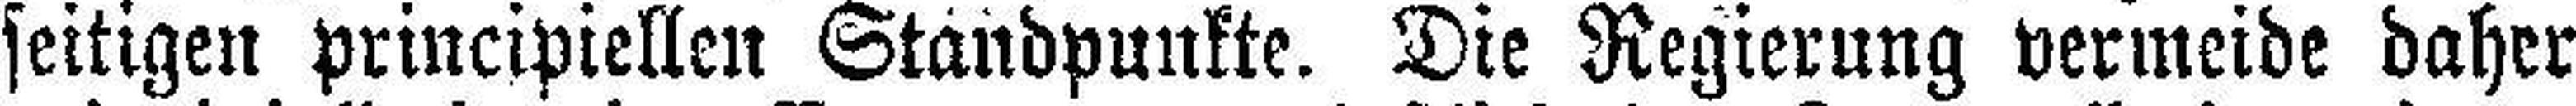
seitigen principiellen Standpunkte. Die Regierung vermeide daher